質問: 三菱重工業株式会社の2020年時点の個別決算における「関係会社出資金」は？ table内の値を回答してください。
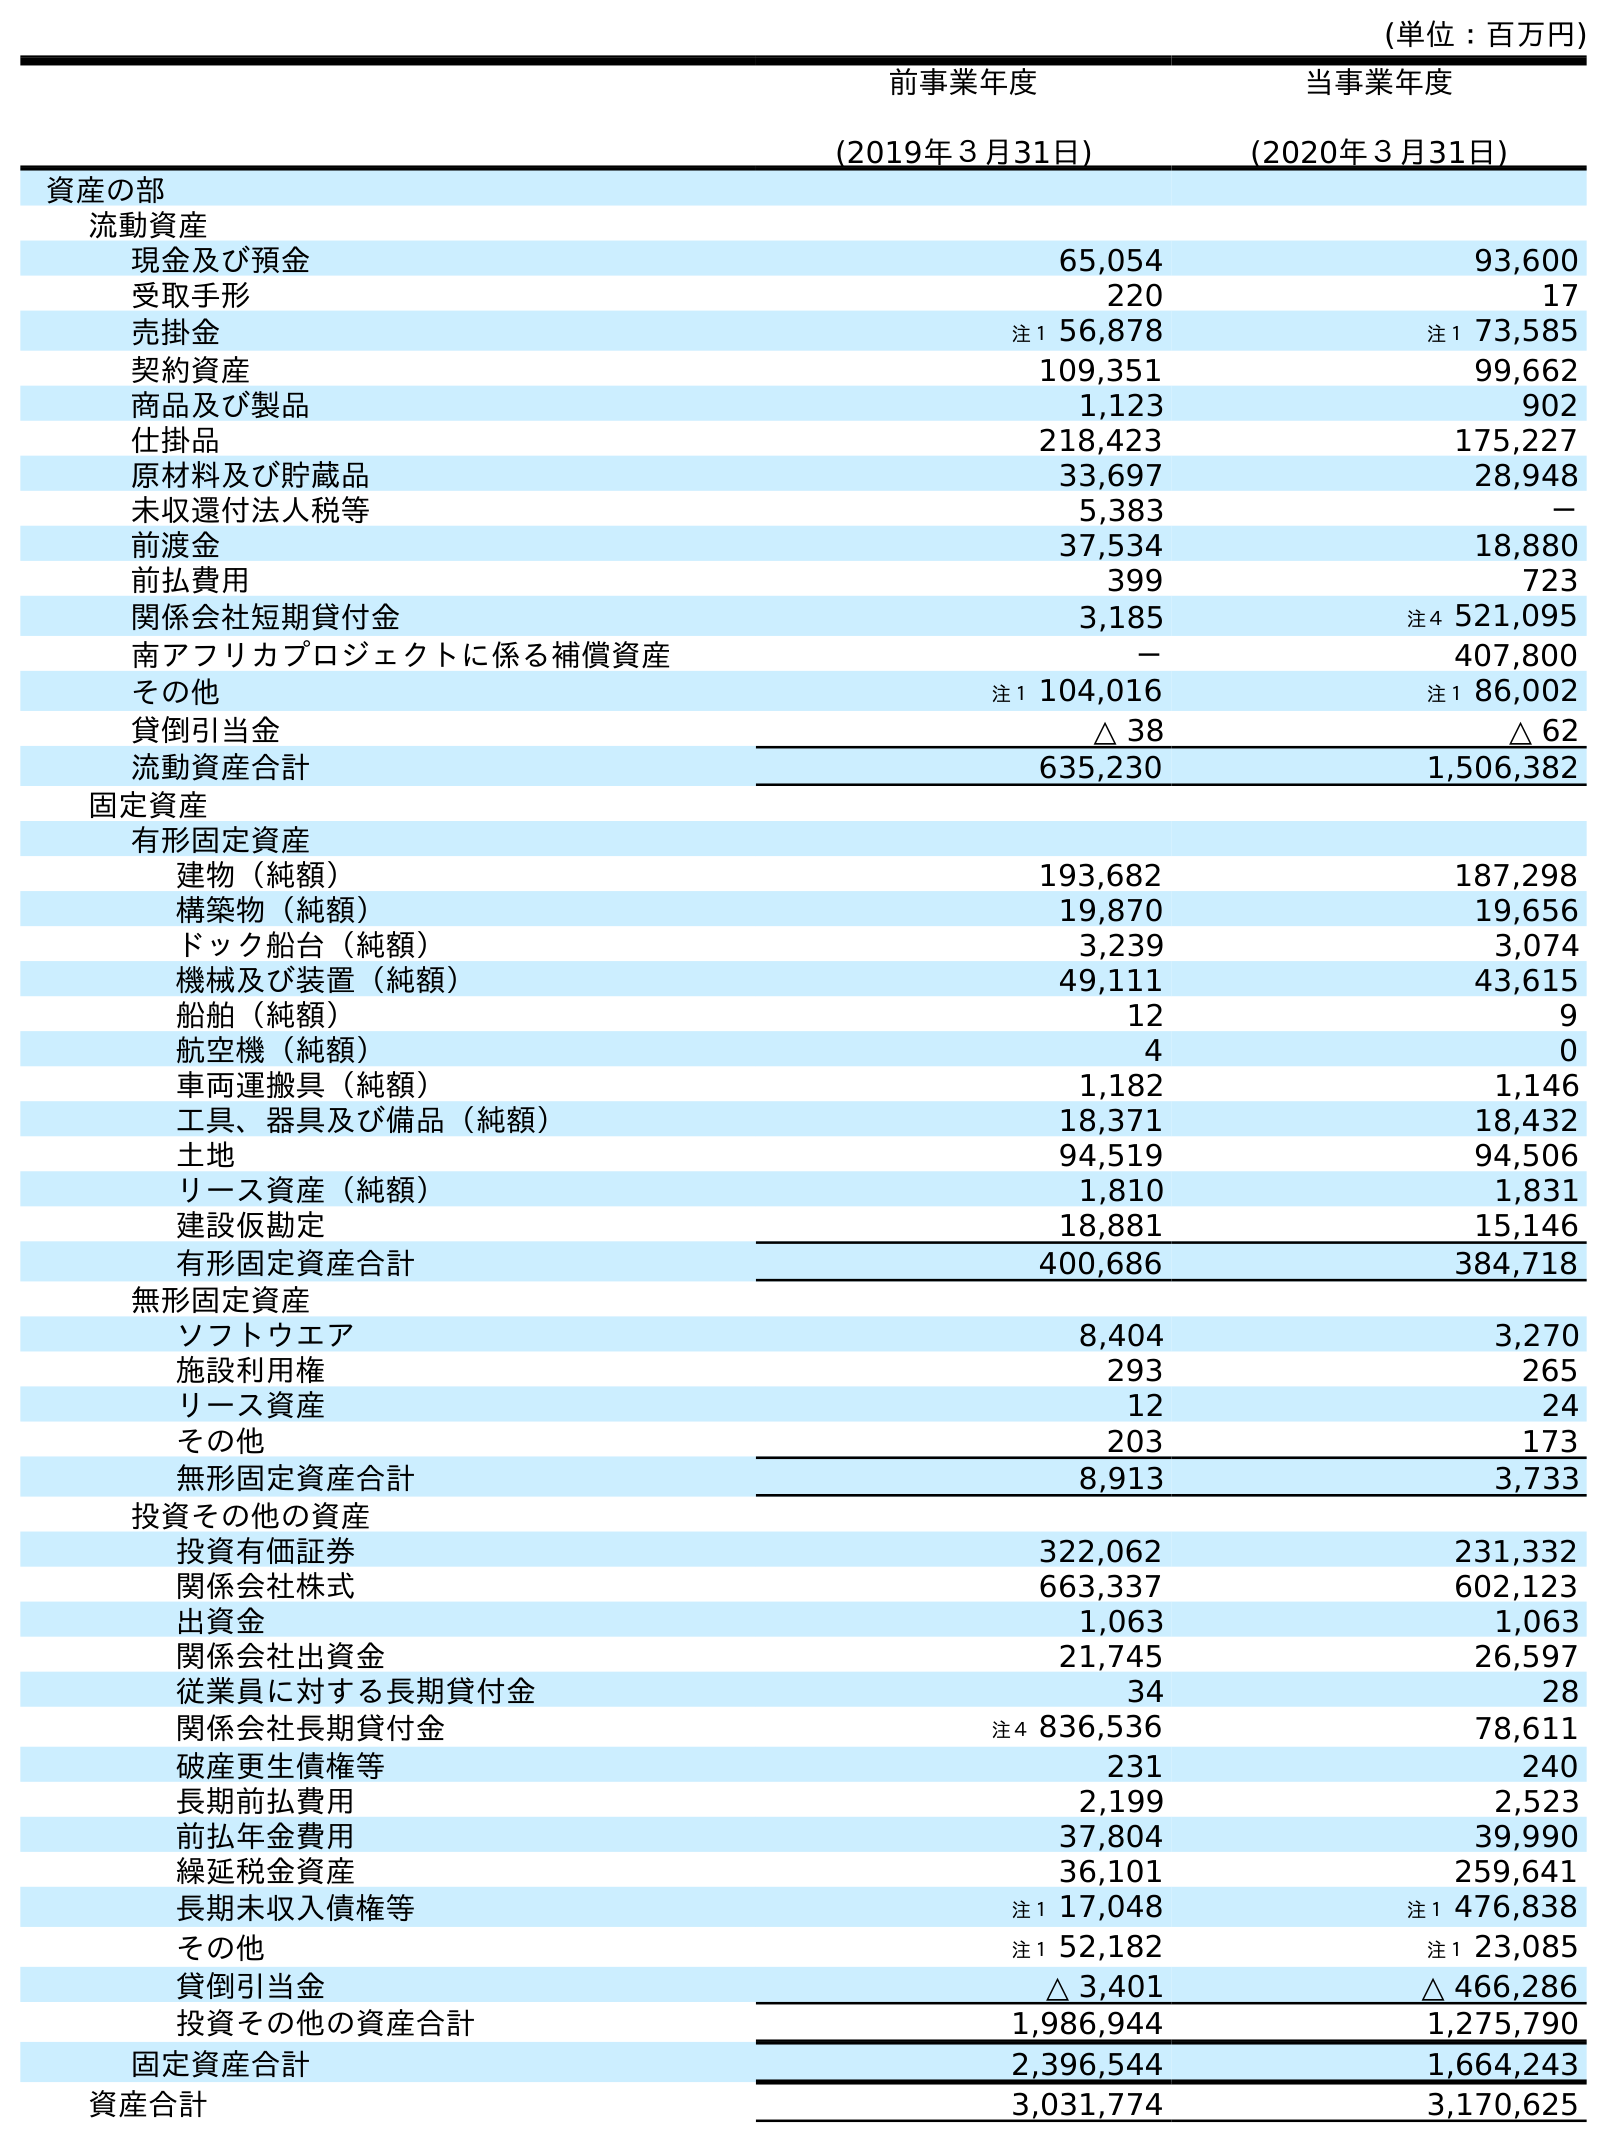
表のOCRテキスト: (単位：百万円) 前事業年度 (2019年３月31日) 当事業年度 (2020年３月31日) 資産の部 流動資産 現金及び預金 65,054 93,600 受取手形 220 17 売掛金 注１ 56,878 注１ 73,585 契約資産 109,351 99,662 商品及び製品 1,123 902 仕掛品 218,423 175,227 原材料及び貯蔵品 33,697 28,948 未収還付法人税等 5,383 － 前渡金 37,534 18,880 前払費用 399 723 関係会社短期貸付金 3,185 注４ 521,095 南アフリカプロジェクトに係る補償資産 － 407,800 その他 注１ 104,016 注１ 86,002 貸倒引当金 △ 38 △ 62 流動資産合計 635,230 1,506,382 固定資産 有形固定資産 建物（純額） 193,682 187,298 構築物（純額） 19,870 19,656 ドック船台（純額） 3,239 3,074 機械及び装置（純額） 49,111 43,615 船舶（純額） 12 9 航空機（純額） 4 0 車両運搬具（純額） 1,182 1,146 工具、器具及び備品（純額） 18,371 18,432 土地 94,519 94,506 リース資産（純額） 1,810 1,831 建設仮勘定 18,881 15,146 有形固定資産合計 400,686 384,718 無形固定資産 ソフトウエア 8,404 3,270 施設利用権 293 265 リース資産 12 24 その他 203 173 無形固定資産合計 8,913 3,733 投資その他の資産 投資有価証券 322,062 231,332 関係会社株式 663,337 602,123 出資金 1,063 1,063 関係会社出資金 21,745 26,597 従業員に対する長期貸付金 34 28 関係会社長期貸付金 注４ 836,536 78,611 破産更生債権等 231 240 長期前払費用 2,199 2,523 前払年金費用 37,804 39,990 繰延税金資産 36,101 259,641 長期未収入債権等 注１ 17,048 注１ 476,838 その他 注１ 52,182 注１ 23,085 貸倒引当金 △ 3,401 △ 466,286 投資その他の資産合計 1,986,944 1,275,790 固定資産合計 2,396,544 1,664,243 資産合計 3,031,774 3,170,625
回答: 26,597